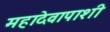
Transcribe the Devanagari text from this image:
महादेवापाशी